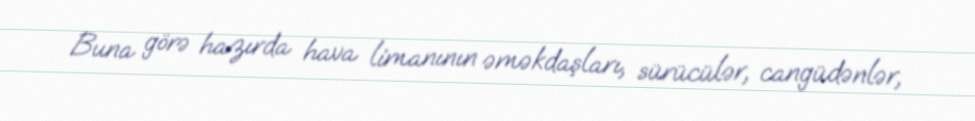
Buna görə hazırda hava limanının əməkdaşları, sürücülər, cangüdənlər,